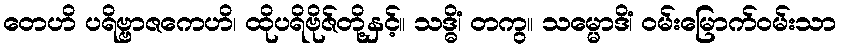
တေဟိ ပရိဗ္ဗာဇကေဟိ၊ ထိုပရိဗိုဇ်တို့နှင့်။ သဒ္ဓိံ၊ တကွ။ သမ္မောဒိံ၊ ဝမ်းမြောက်ဝမ်းသာ